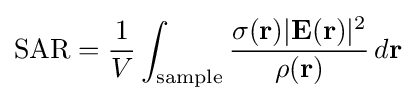
{\text{SAR}}={\frac {1}{V}}\int _{\text{sample}}{\frac {\sigma (\mathbf {r} )|\mathbf {E} (\mathbf {r} )|^{2}}{\rho (\mathbf {r} )}}\,d\mathbf {r}